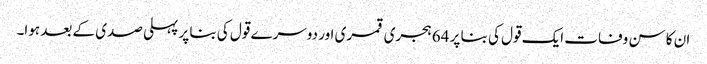
ان کا سن وفات ایک قول کی بنا پر 64 ہجری قمری اور دوسرے قول کی بنا پر پہلی صدی کے بعد ہوا۔